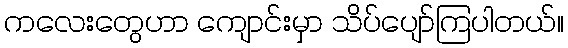
ကလေးတွေဟာ ကျောင်းမှာ သိပ်ပျော်ကြပါတယ်။